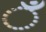
ઁ